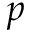
p